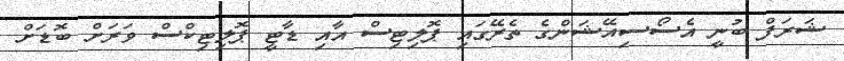
ޝަރަފް ބުނީ އެސޯސިއޭޝަންގެ ތެރޭގައި ޕޮލިޓިސް އާއި ޑާޓީ ޕޮލިޓިކްސް ވަރަށް ބޮޑަށް